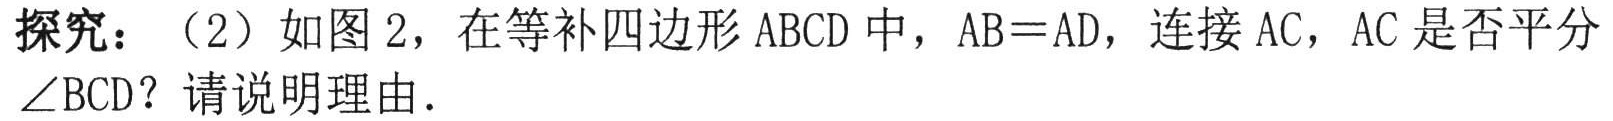
探究：（2）如图2，在等补四边形ABCD中，AB = AD，连接AC，AC是否平分$\angle BCD$？请说明理由.